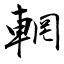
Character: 輞